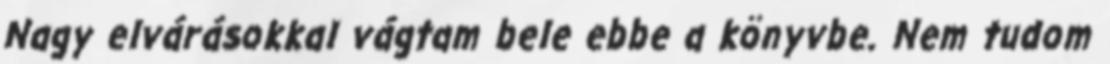
Nagy elvárásokkal vágtam bele ebbe a könyvbe. Nem tudom